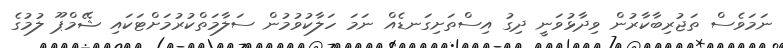
ނަމަވެސް ތަޖުރިބާކާރުން ވިދާޅުވަނީ ދިގު އިސްތަށިގަނޑެއް ނަމަ ހަލާކުވުމުން ސަލާމަތްކުރުމަށްޓަކައި ޝޭމްޕޫ ލުމުގެ